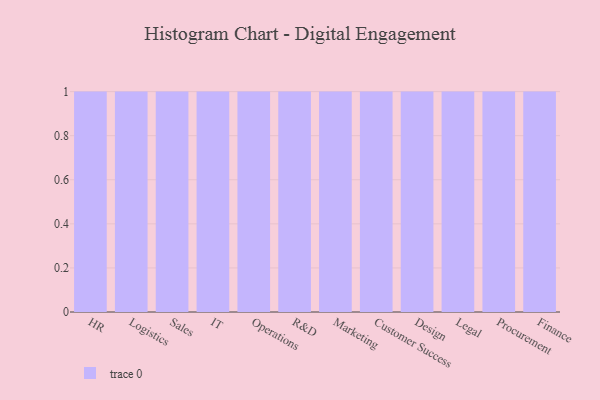
{"axis": {"x": "Department", "y": "Population (Million)"}, "legend": [""], "data": [{"x": "HR", "y": 3, "type": ""}, {"x": "Logistics", "y": 69, "type": ""}, {"x": "Sales", "y": 11, "type": ""}, {"x": "IT", "y": 3, "type": ""}, {"x": "Operations", "y": 76, "type": ""}, {"x": "R&D", "y": 17, "type": ""}, {"x": "Marketing", "y": 71, "type": ""}, {"x": "Customer Success", "y": 22, "type": ""}, {"x": "Design", "y": 49, "type": ""}, {"x": "Legal", "y": 97, "type": ""}, {"x": "Procurement", "y": 15, "type": ""}, {"x": "Finance", "y": 65, "type": ""}]}